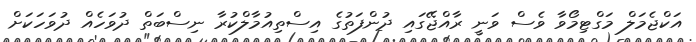
އަކްޖެމަލް މަގްޓިމޯވާ ވެސް ވަނީ ރާއްޖޭގައި ދުންފަތުގެ އިސްތިއުމާލްކުރާ ނިސްބަތް ދުވަހެއް ދުވަހަކަށް